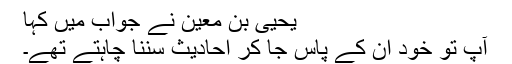
یحییٰ بن معین نے جواب میں کہا
آپ تو خود ان کے پاس جا کر احادیث سننا چاہتے تھے۔